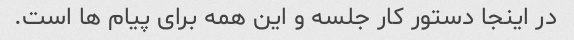
در اینجا دستور کار جلسه و این همه برای پیام ها است.